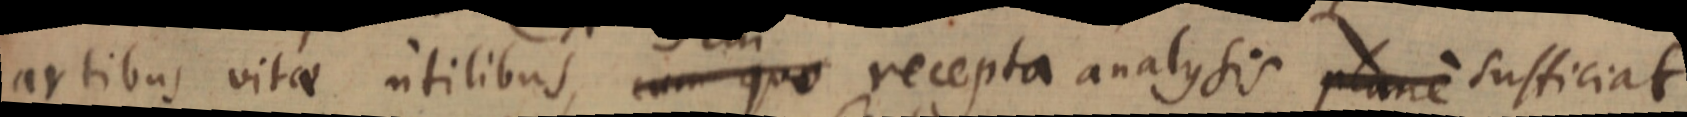
artibus vitae utilibus, cum quo recepta analysis plane sufficiat